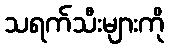
သရက်သီးများကို